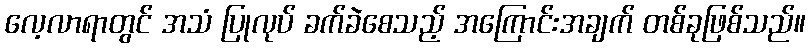
လေ့လာရာတွင် အသံ ပြုလုပ် ခက်ခဲစေသည့် အကြောင်းအချက် တစ်ခုဖြစ်သည်။